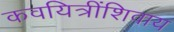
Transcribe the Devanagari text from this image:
कवयित्रींशिवाय